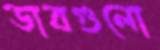
ডাবগুলো